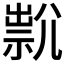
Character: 𡰇